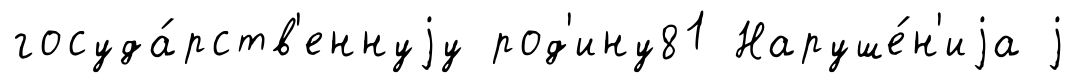
госуда́рств'еннуjу род'ину81 Наруше́н'иjа j